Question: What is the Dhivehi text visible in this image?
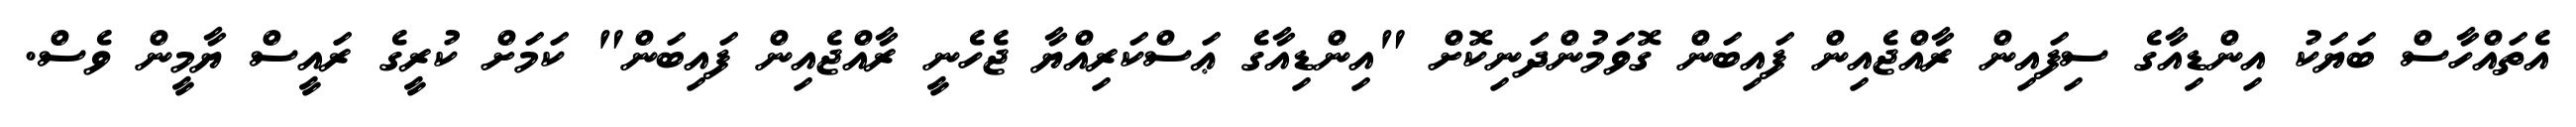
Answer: އެތައްހާސް ބަޔަކު އިންޑިއާގެ ސިފައިން ރާއްޖެއިން ފައިބަން ގޮވަމުންދަނިކޮށް "އިންޑިއާގެ ޢަސްކަރިއްޔާ ޖެހެނީ ރާއްޖެއިން ފައިބަން" ކަމަށް ކުރީގެ ރައީސް ޔާމީން ވެސް.